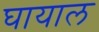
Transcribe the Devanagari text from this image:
घायाल